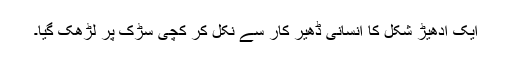
ایک ادھیڑ شکل کا انسانی ڈھیر کار سے نکل کر کچی سڑک پر لڑھک گیا۔